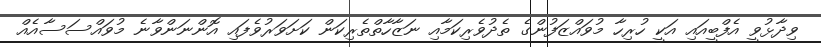
ވިދާޅުވީ އެފްބީއައި އަކީ ހުރިހާ މުވައްޒަފުންގެ ތެދުވެރިކަމާއި ނަޒާހާތްތެރިކަން ކަށަވަރުވެފައި އޮންނަންވާނެ މުވައްސަސާއެއް